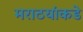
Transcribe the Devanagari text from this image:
मराठयांकडे